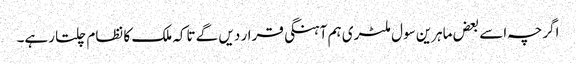
اگرچہ اسے بعض ماہرین سول ملٹری ہم آہنگی قرار دیں گے تاکہ ملک کا نظام چلتا رہے۔